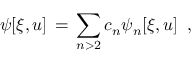
\psi [ \xi , u ] \, = \, \sum _ { n > 2 } c _ { n } \psi _ { n } [ \xi , u ] \, \ , \